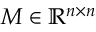
M \in \mathbb { R } ^ { n \times n }